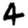
Digit: 4